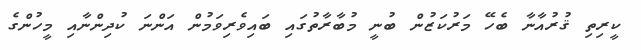
ކީރިތި ޤުރުއާނާ ބެހޭ މަރުކަޒުން ބުނީ މުބާރާތުގައި ބައިވެރިވަމުން އަންނަ ކުދިންނާއި މީހުންގެ